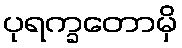
ပုရက္ခတောမှိ